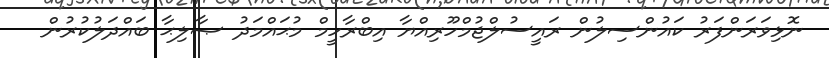
ނޮޅިވަރަންފަރު ކައުންސިލުން ރައީސުލްޖުމްހޫރިއްޔާ އިބްރާހީމް މުޙައްމަދު ޞާލިޙާ ބައްދަލުކުރުން